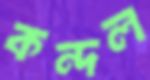
কন্দল